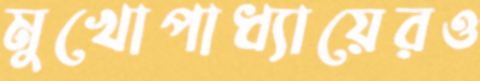
মুখোপাধ্যায়েরও